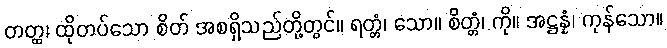
တတ္ထ၊ ထိုတပ်သော စိတ် အစရှိသည်တို့တွင်။ ရတ္တံ၊ သော။ စိတ္တံ၊ ကို။ အဋ္ဌန္နံ၊ ကုန်သော။